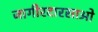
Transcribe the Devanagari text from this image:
जागीरदारसाओ